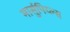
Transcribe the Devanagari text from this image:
मार्सुपिय्ल्स